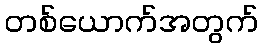
တစ်ယောက်အတွက်